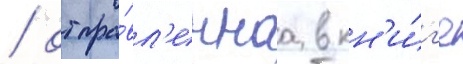
/ отпра́вл'еннаа в кн'и́г'е